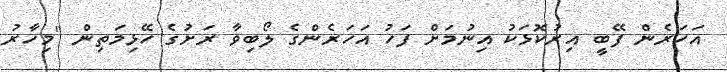
އަހަރެން ފޭބީ އިރުކޮޅަކު އިނުމަށް ފަހު އަހަރެންގެ ލޯބިވާ ރަށުގެ ހޭޅިމަތިން "މިހާރު